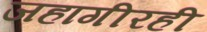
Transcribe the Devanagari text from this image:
जहागीरही